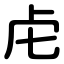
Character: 虍